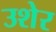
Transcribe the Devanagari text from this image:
उशेर